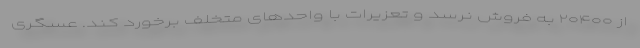
از ۲۰۴۰۰ به فروش نرسد و تعزیرات با واحدهای متخلف برخورد کند. عسگری